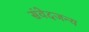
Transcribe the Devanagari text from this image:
संवेदजन्य